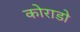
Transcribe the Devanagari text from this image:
कोराडो